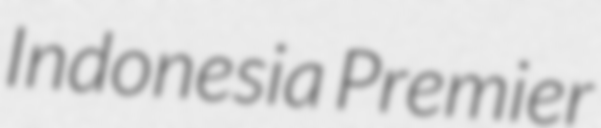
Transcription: Indonesia Premier